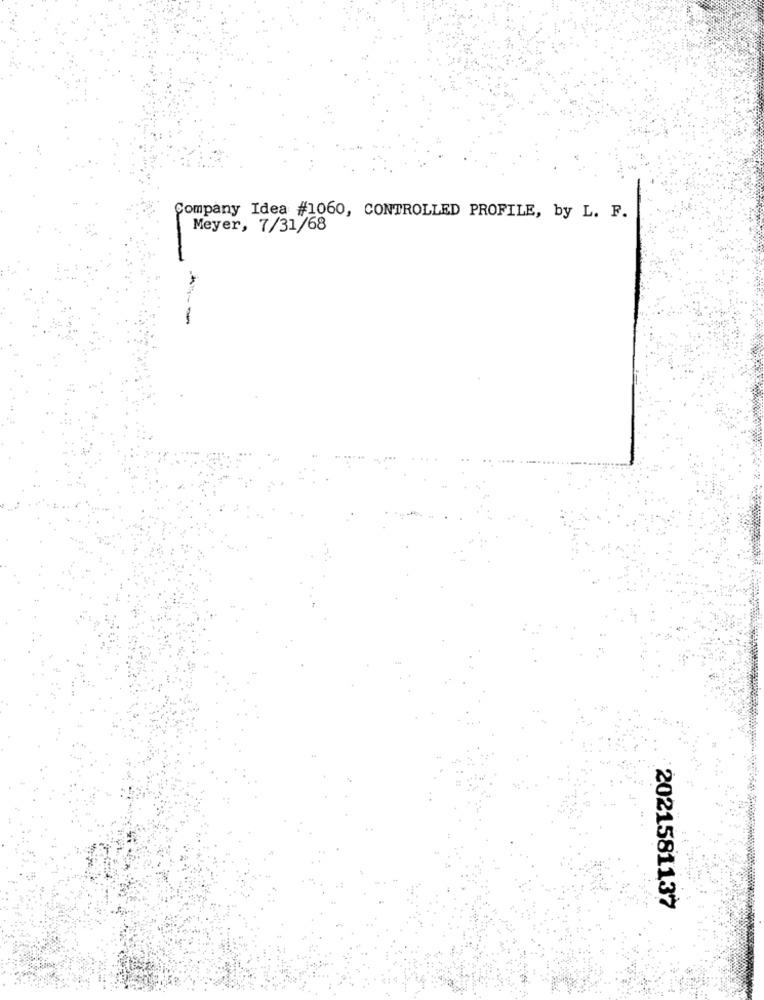
Company Idea #1060, CONTROLLED PROFILE, by L. F.
Meyer, 7/31/68
2021581137